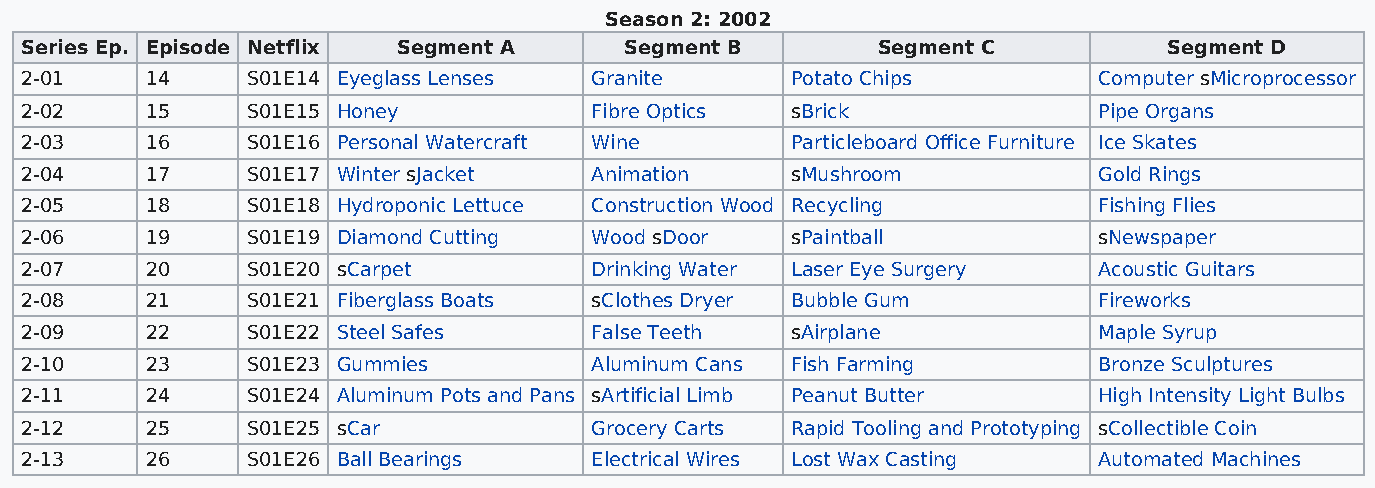
Season 2: 2002
 Series Ep. Episode Netflix Segment A    Segment B        Segment C          Segment D
 2-01     14    S01E14 Eyeglass Lenses Granite      Potato Chips         Computer sMicroprocessor
 2-02     15    S01E15 Honey           Fibre Optics sBrick               Pipe Organs
 2-03     16    S01E16 Personal Watercraft Wine     Particleboard Office Furniture Ice Skates
 2-04     17    S01E17 Winter sJacket  Animation    sMushroom            Gold Rings
 2-05     18    S01E18 Hydroponic Lettuce Construction Wood Recycling    Fishing Flies
 2-06     19    S01E19 Diamond Cutting Wood sDoor   sPaintball           sNewspaper
 2-07     20    S01E20 sCarpet         Drinking Water Laser Eye Surgery  Acoustic Guitars
 2-08     21    S01E21 Fiberglass Boats sClothes Dryer Bubble Gum        Fireworks
 2-09     22    S01E22 Steel Safes     False Teeth  sAirplane            Maple Syrup
 2-10     23    S01E23 Gummies         Aluminum Cans Fish Farming        Bronze Sculptures
 2-11     24    S01E24 Aluminum Pots and Pans sArtificial Limb Peanut Butter High Intensity Light Bulbs
 2-12     25    S01E25 sCar            Grocery Carts Rapid Tooling and Prototyping sCollectible Coin
 2-13     26    S01E26 Ball Bearings   Electrical Wires Lost Wax Casting Automated Machines